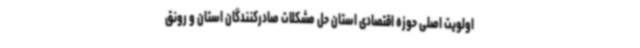
اولویت اصلی حوزه اقتصادی استان حل مشکلات صادرکنندگان استان و رونق